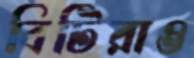
বিটিরাও